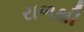
રાળથી